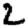
Digit: 2